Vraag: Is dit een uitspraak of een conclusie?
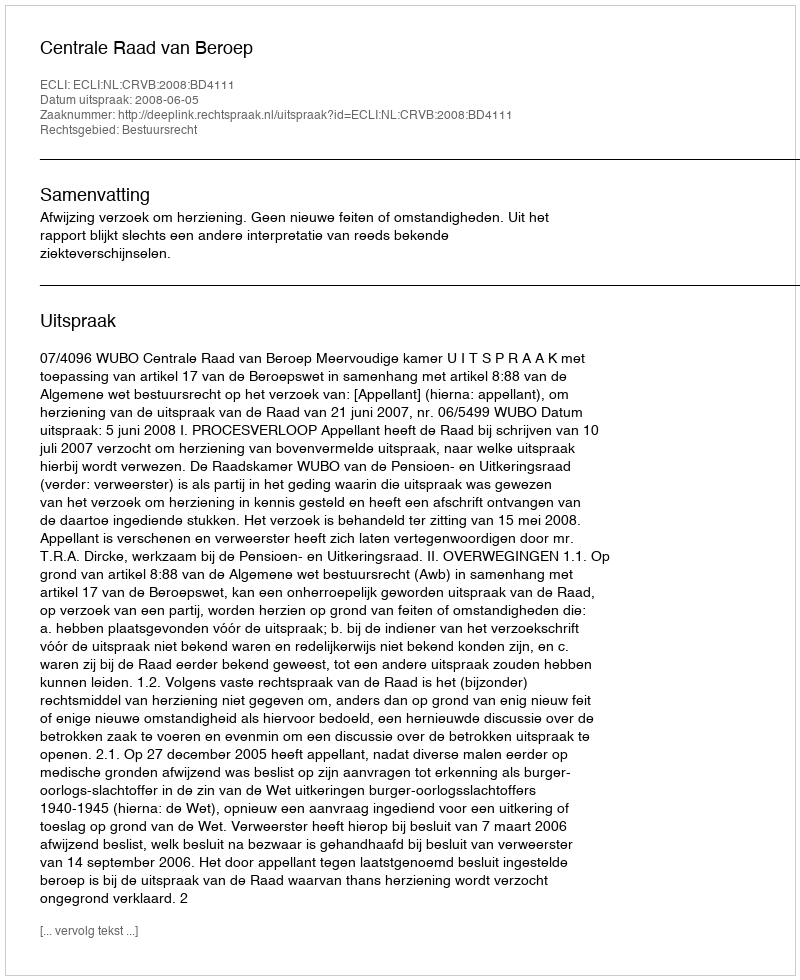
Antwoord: Uitspraak